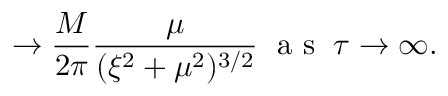
\to \frac { M } { 2 \pi } \frac { \mu } { ( \xi ^ { 2 } + \mu ^ { 2 } ) ^ { 3 / 2 } } \; \mathrm { ~ a ~ s ~ } \; \tau \to \infty .